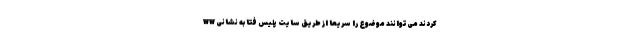
کردند می‌توانند موضوع را سریعاً از طریق سایت پلیس فتا به نشانی ww